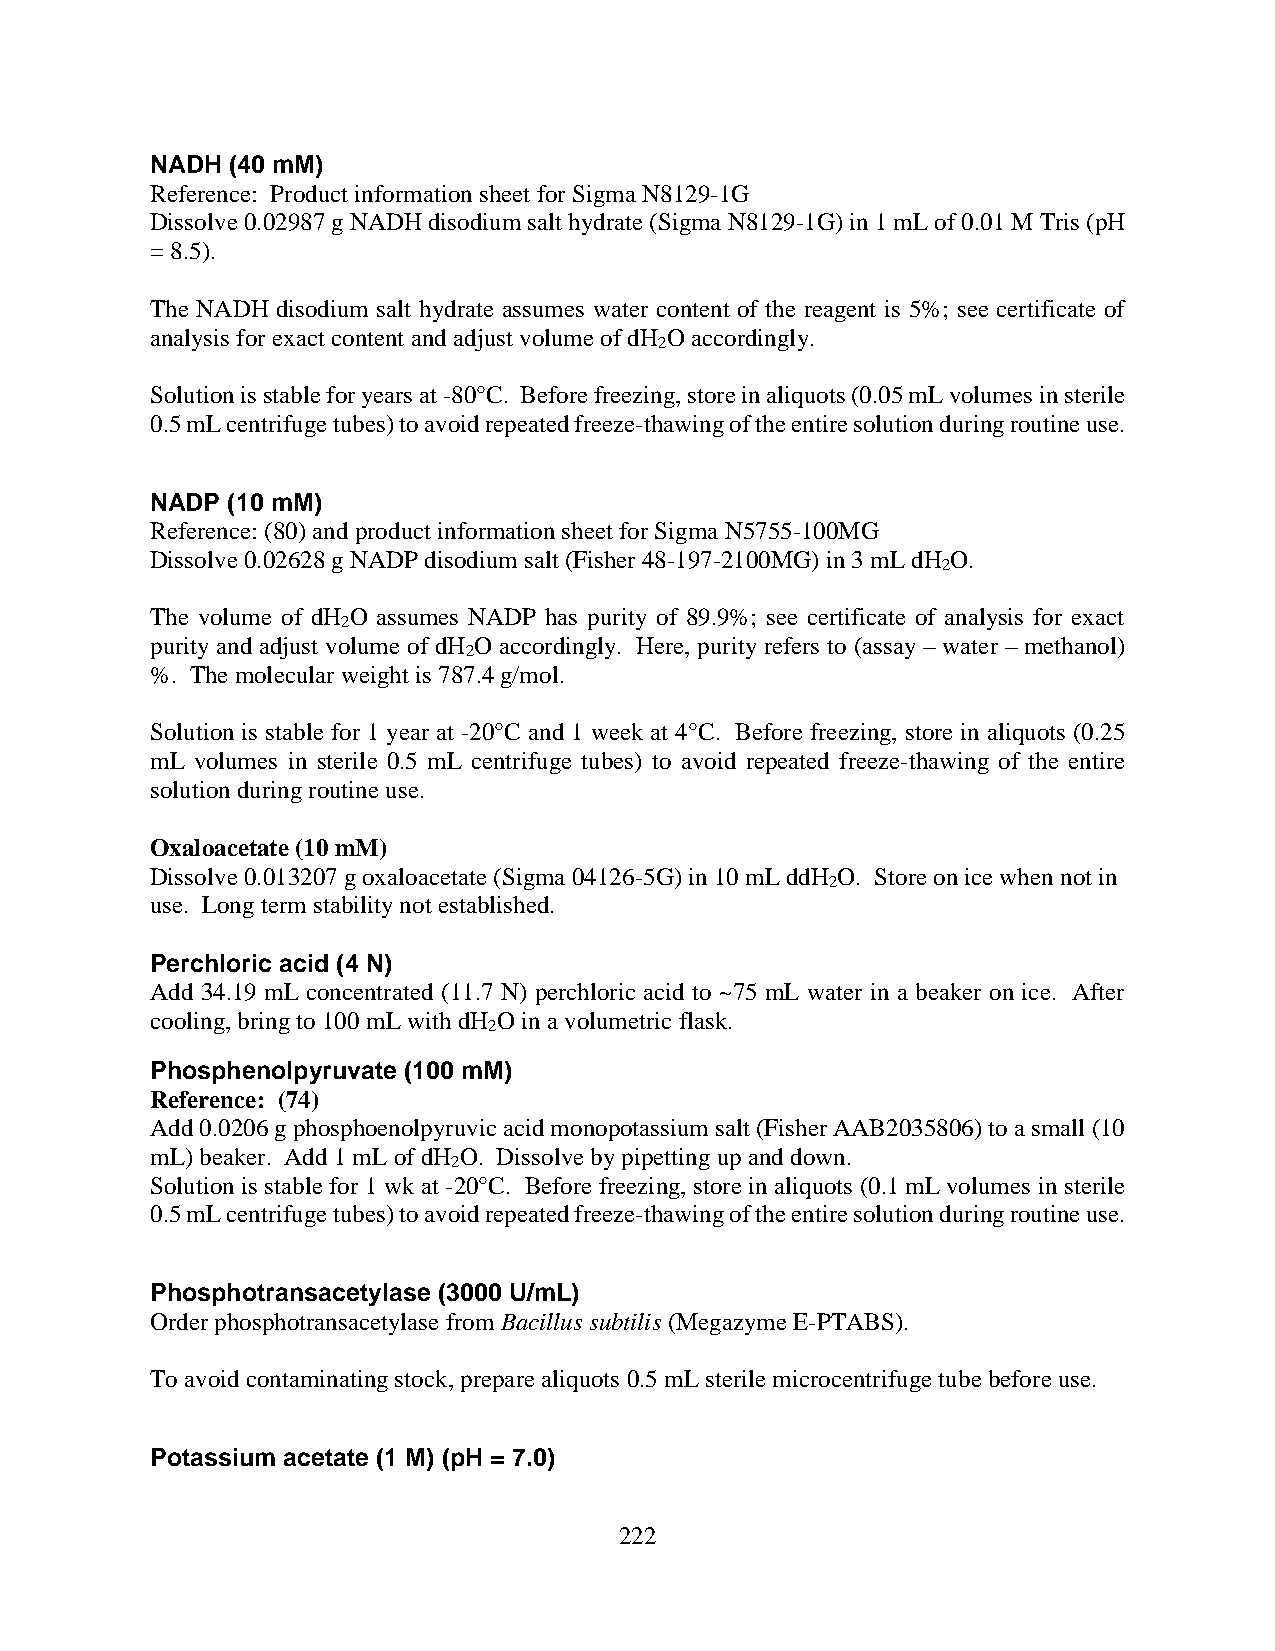
NADH (40 mM)
 Reference: Product information sheet for Sigma N8129-1G
 Dissolve 0.02987 g NADH disodium salt hydrate (Sigma N8129-1G) in 1 mL of 0.01 M Tris (pH
 = 8.5).
 The NADH disodium salt hydrate assumes water content of the reagent is 5%; see certificate of
 analysis for exact content and adjust volume of dH O accordingly.
 2
 Solution is stable for years at -80°C. Before freezing, store in aliquots (0.05 mL volumes in sterile
 0.5 mL centrifuge tubes) to avoid repeated freeze-thawing of the entire solution during routine use.
 NADP (10 mM)
 Reference: (80) and product information sheet for Sigma N5755-100MG
 Dissolve 0.02628 g NADP disodium salt (Fisher 48-197-2100MG) in 3 mL dH O.
 2
 The volume of dH O assumes NADP has purity of 89.9%; see certificate of analysis for exact
 2
 purity and adjust volume of dH O accordingly. Here, purity refers to (assay – water – methanol)
 2
 %. The molecular weight is 787.4 g/mol.
 Solution is stable for 1 year at -20°C and 1 week at 4°C. Before freezing, store in aliquots (0.25
 mL volumes in sterile 0.5 mL centrifuge tubes) to avoid repeated freeze-thawing of the entire
 solution during routine use.
 Oxaloacetate (10 mM)
 Dissolve 0.013207 g oxaloacetate (Sigma 04126-5G) in 10 mL ddH O. Store on ice when not in
 2
 use. Long term stability not established.
 Perchloric acid (4 N)
 Add 34.19 mL concentrated (11.7 N) perchloric acid to ~75 mL water in a beaker on ice. After
 cooling, bring to 100 mL with dH O in a volumetric flask.
 2
 Phosphenolpyruvate (100 mM)
 Reference: (74)
 Add 0.0206 g phosphoenolpyruvic acid monopotassium salt (Fisher AAB2035806) to a small (10
 mL) beaker. Add 1 mL of dH O. Dissolve by pipetting up and down.
 2
 Solution is stable for 1 wk at -20°C. Before freezing, store in aliquots (0.1 mL volumes in sterile
 0.5 mL centrifuge tubes) to avoid repeated freeze-thawing of the entire solution during routine use.
 Phosphotransacetylase (3000 U/mL)
 Order phosphotransacetylase from Bacillus subtilis (Megazyme E-PTABS).
 To avoid contaminating stock, prepare aliquots 0.5 mL sterile microcentrifuge tube before use.
 Potassium acetate (1 M) (pH = 7.0)
 222